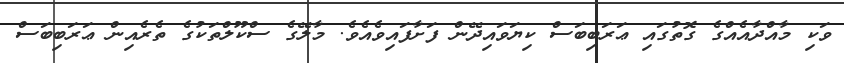
ވަކި މާއްދާއެއްގެ ގޮތުގައި ޢަރަބިބަސް ކިޔަވައިދޭން ފަށާފައިވެއެވެ. މާލޭގެ ސްކޫލްތަކުގެ ތެރެއިން ޢަރަބިބަސް